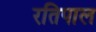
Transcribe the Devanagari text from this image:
रतिपाल